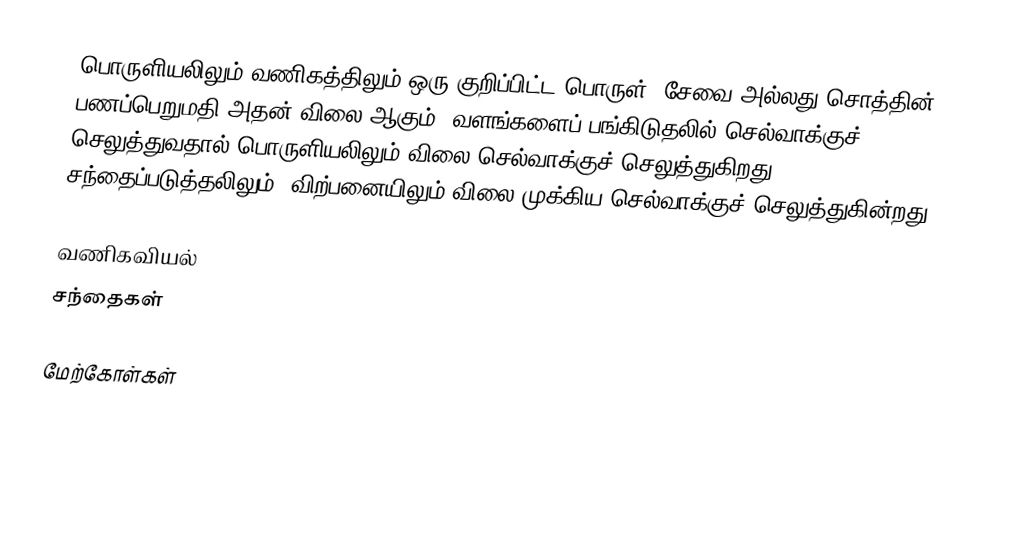
பொருளியலிலும் வணிகத்திலும் ஒரு குறிப்பிட்ட பொருள், சேவை அல்லது சொத்தின் பணப்பெறுமதி அதன் விலை ஆகும். வளங்களைப் பங்கிடுதலில் செல்வாக்குச் செலுத்துவதால் பொருளியலிலும் விலை செல்வாக்குச் செலுத்துகிறது. சந்தைப்படுத்தலிலும், விற்பனையிலும் விலை முக்கிய செல்வாக்குச் செலுத்துகின்றது.

வணிகவியல்
சந்தைகள்

மேற்கோள்கள்